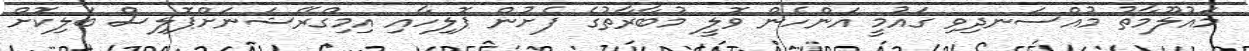
މައުލޫމާތު މުއްސަނދިވި ގައުމީ އަންހެން ވޮލީ މުބާރާތުގެ ފެށުން ޕޮލިހާއި އިމިގްރޭޝަނަށްޕޮލިސް ބަލިކޮށް